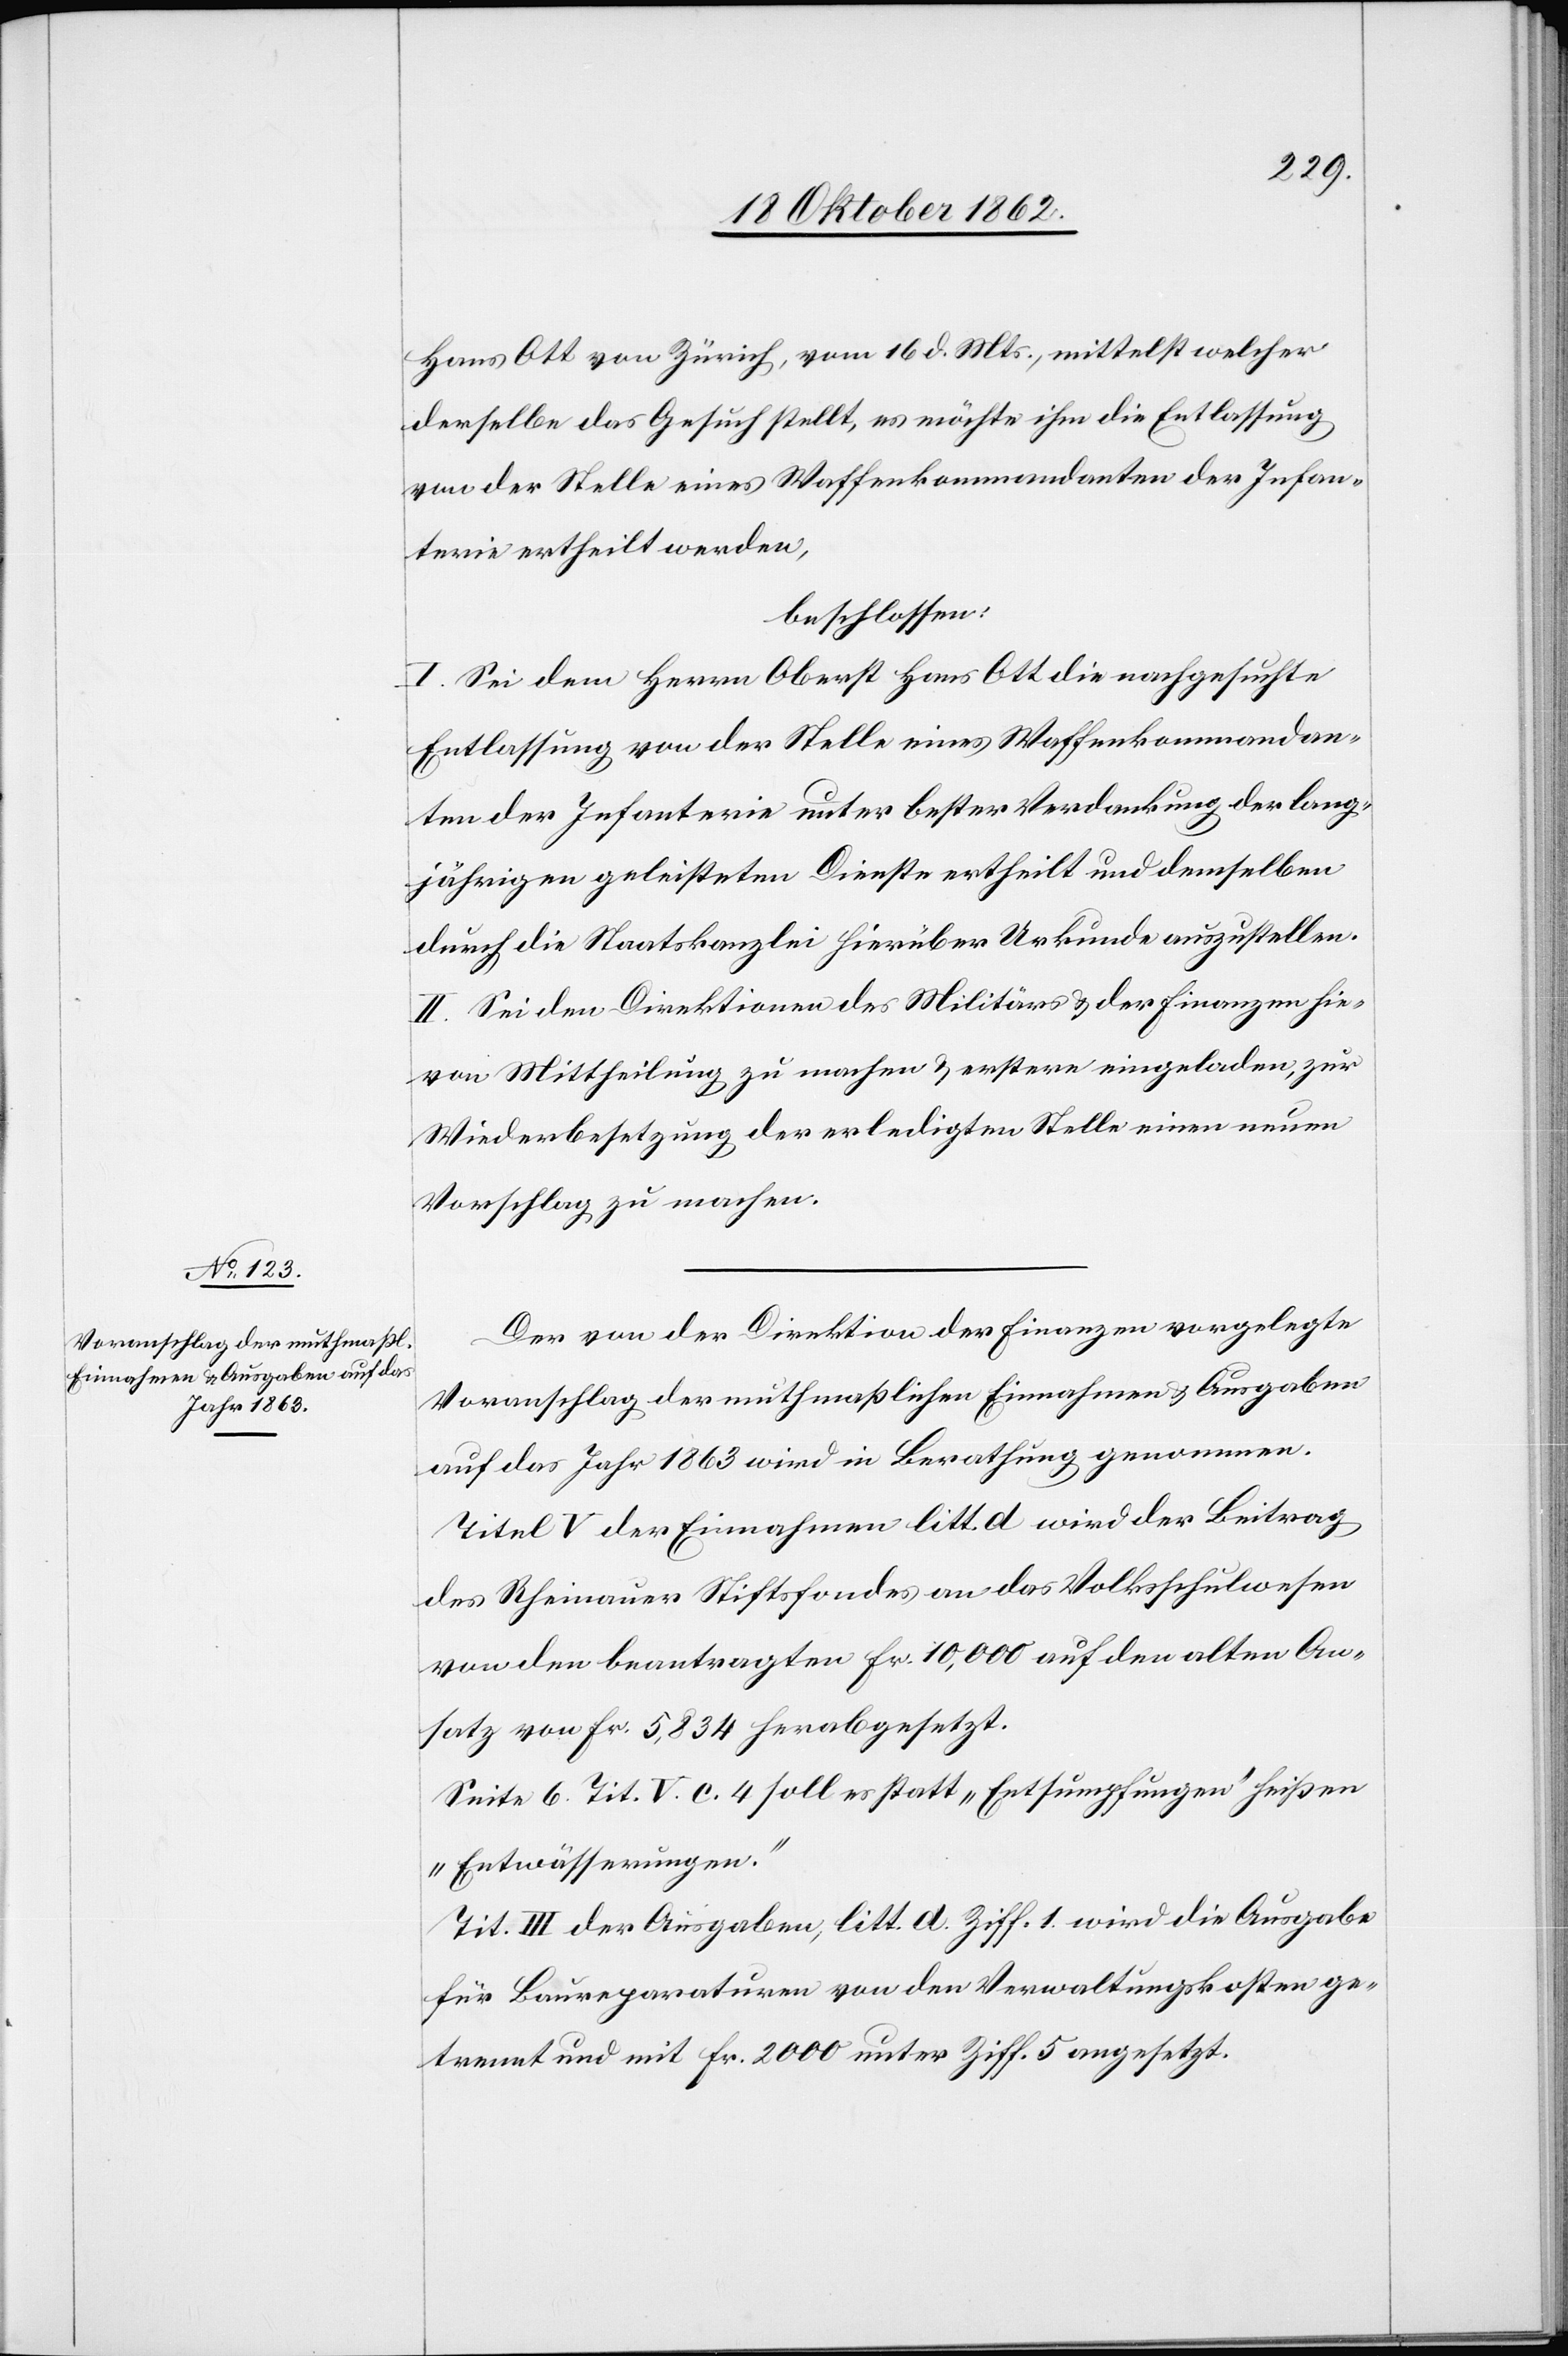
Hans Ott von Zürich, vom 16. d. Mts., mittelst welcher
derselbe das Gesuch stellt, es möchte ihm die Entlassung
von der Stelle eines Waffenkommandanten der Infan¬
terie ertheilt werden,
beschlossen:
I. Sei dem Herrn Oberst Hans Ott die nachgesuchte
Entlassung von der Stelle eines Waffenkommandan¬
ten der Infanterie unter bester Verdankung der lang¬
jährigen geleisteten Dienst ertheilt und demselben
durch die Staatskanzlei hierüber Urkunde auszustellen.
II. Sei den Direktionen des Militärs u. der Finanzen hie¬
von Mittheilung zu machen u. erstere eingeladen, zur
Wiederbesetzung der erledigten Stelle einen neuen
Vorschlag zu machen.
Der von der Direktion der Finanzen vorgelegte
Voranschlag der muthmaßlichen Einnahmen und Ausgaben
auf das Jahr 1863 wird in Berathung genommen.
Titel V der Einnahmen litt. d wird der Beitrag
des Rheinauer Stiftsfondes an das Volksschulwesen
von den beantragten fr. 10,000 auf den alten An¬
satz von f. 5,834 herabgesetzt.
Seite 6 Tit. V c. 4 soll es statt „Entsumpfung“ heißen
„Entwässerungen.“
Tit. III der Ausgaben, litt. d Ziff. 1 wird die Ausgabe
für Baureparaturen von den Verwaltungskosten ge¬
trennt und mit fr. 2000 unter Ziff. 5 angesetzt.